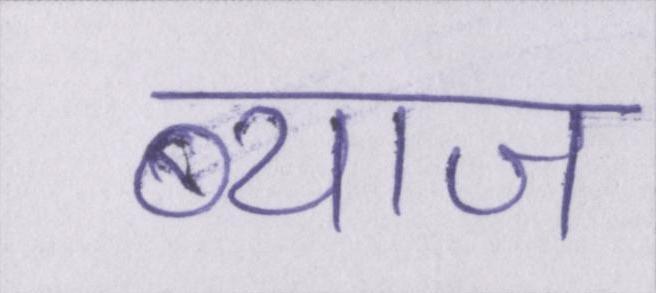
ब्याज